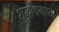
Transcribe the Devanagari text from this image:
शुद्धोधनाच्या